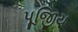
પૂજિીય